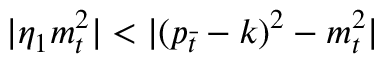
| \eta _ { 1 } m _ { t } ^ { 2 } | < | ( p _ { \bar { t } } - k ) ^ { 2 } - m _ { t } ^ { 2 } |